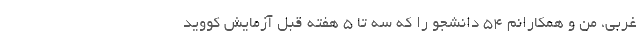
غربی، من و همکارانم ۵۴ دانشجو را که سه تا ۵ هفته قبل آزمایش کووید